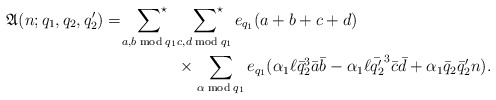
\begin{align*}\mathfrak{A}(n;q_1,q_2,q_2')=\sideset{}{^\star}\sum_{a,b\bmod{q_1}}&\;\sideset{}{^\star}\sum_{c,d\bmod{q_1}}e_{q_1}(a+b+c+d)\\&\times\sum_{\alpha\bmod{q_1}}e_{q_1}(\alpha_1\ell\bar{q}_2^3\bar{a}\bar{b}-\alpha_1\ell\bar{q_2'}^3\bar{c}\bar{d}+\alpha_1 \bar{q}_2\bar{q}_2' n).\end{align*}